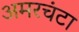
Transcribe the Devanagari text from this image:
अमरचंटा